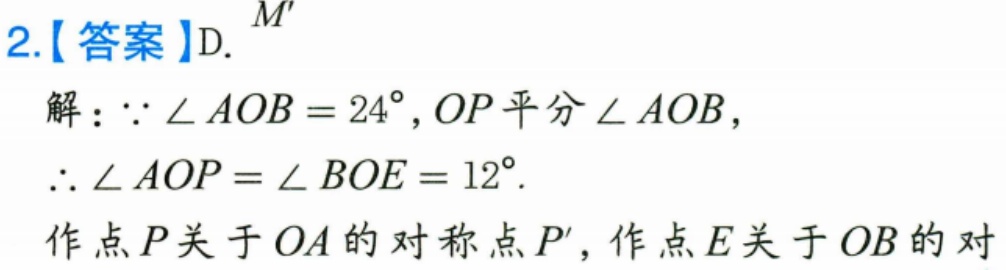
2.【答案】D.
解：\(\because \angle AOB = 24^{\circ}\)，\(OP\)平分\(\angle AOB\)，
\(\therefore \angle AOP = \angle BOE = 12^{\circ}\).
作点\(P\)关于\(OA\)的对称点\(P'\)，作点\(E\)关于\(OB\)的对